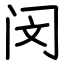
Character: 闵